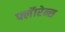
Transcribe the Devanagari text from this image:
फ्लॅारेन्स